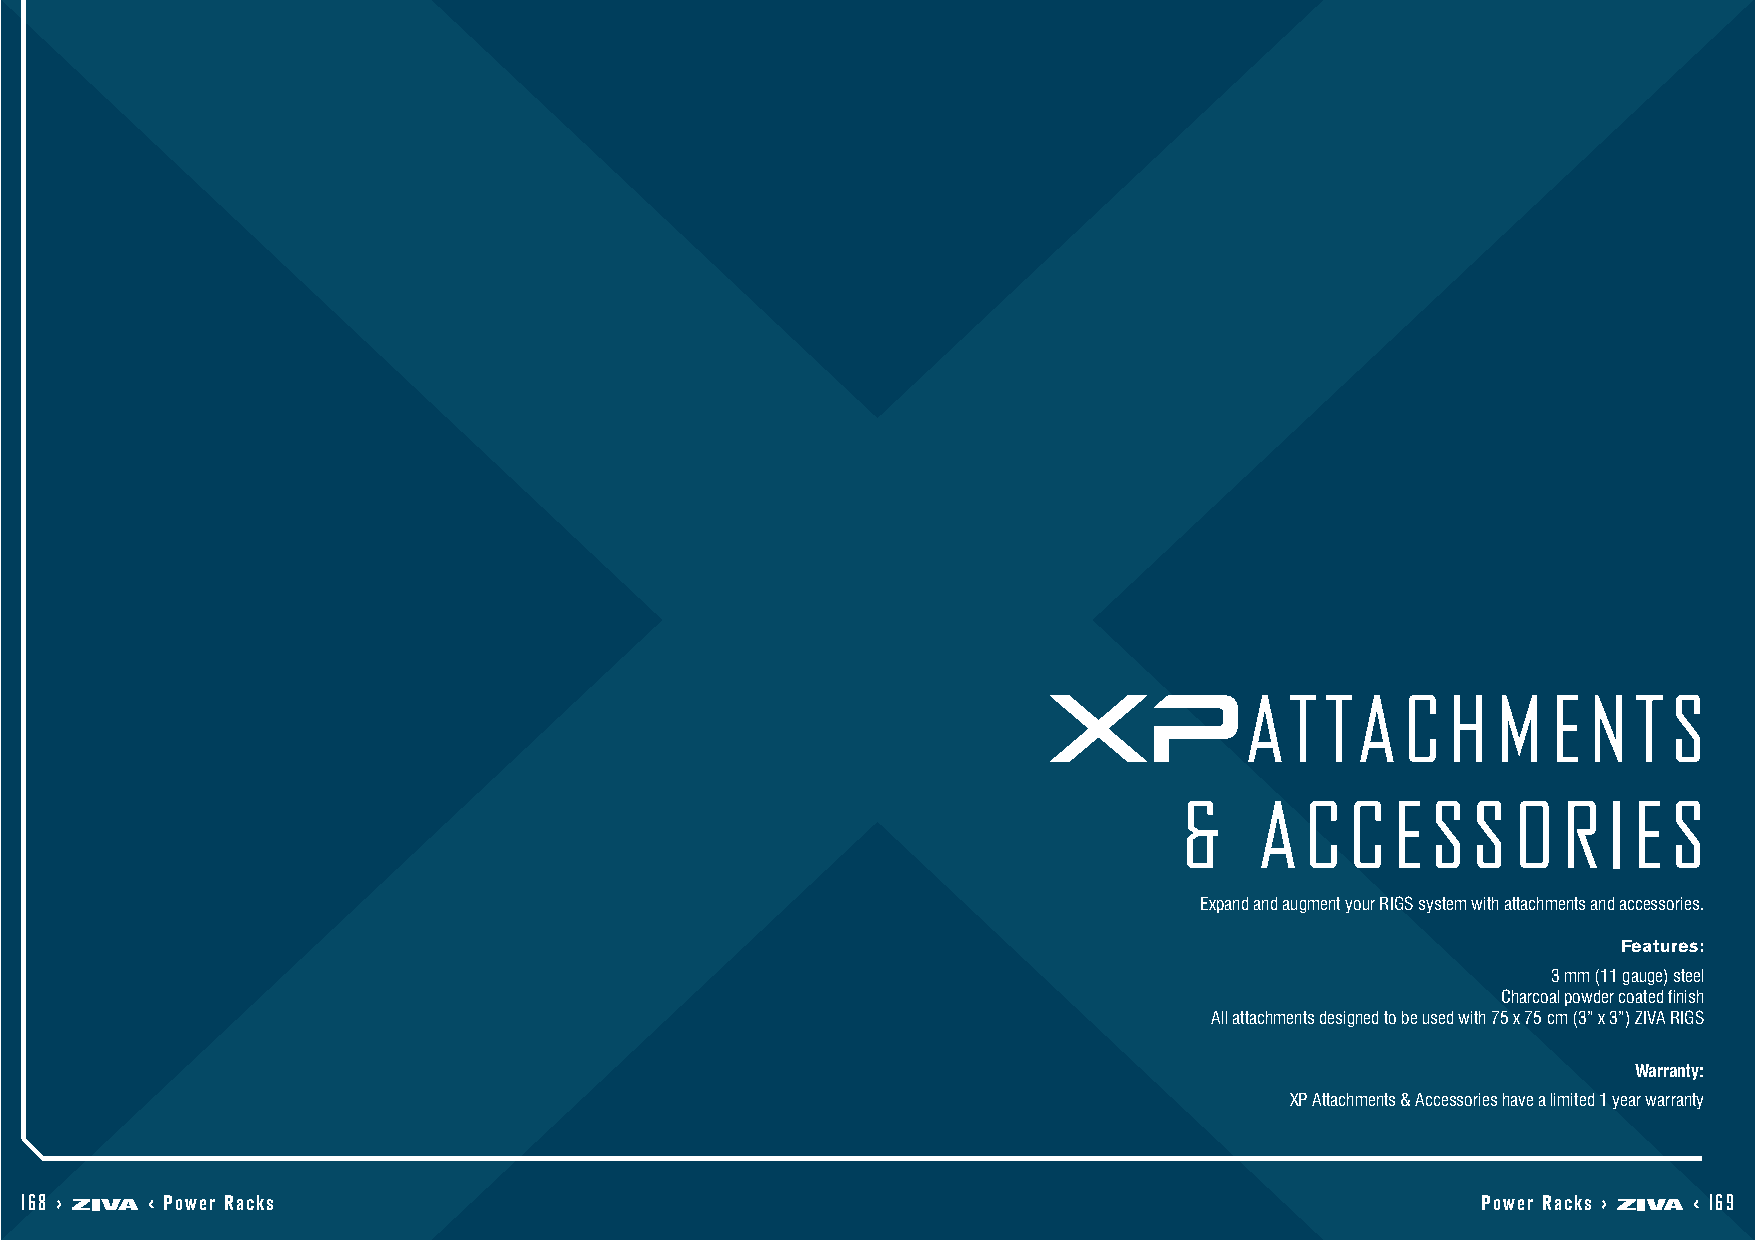
A T  T A  C  H  M   E N  T  S
 &    A  C  C  E  S S  O  R  I E  S
 Expand and augment your RIGS system with attachments and accessories.
 Features:
 3 mm (11 gauge) steel
 Charcoal powder coated finish
 All attachments designed to be used with 75 x 75 cm (3” x 3”) ZIVA RIGS
 Warranty:
 XP Attachments & Accessories have a limited 1 year warranty
 168 >    < Power Racks                                                                           Power Racks > < 169